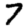
Digit: 7